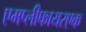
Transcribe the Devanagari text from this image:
एमप्लीफायरएक